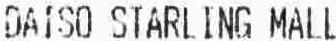
DAISO STARLING MALL